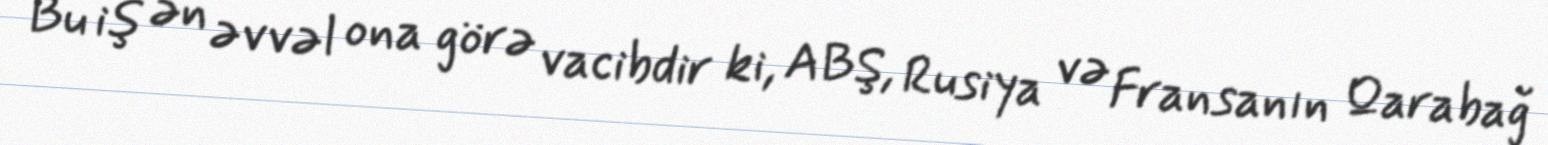
Bu iş ən əvvəl ona görə vacibdir ki, ABŞ, Rusiya və Fransanın Qarabağ